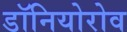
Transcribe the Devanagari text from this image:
डॉनियोरोव